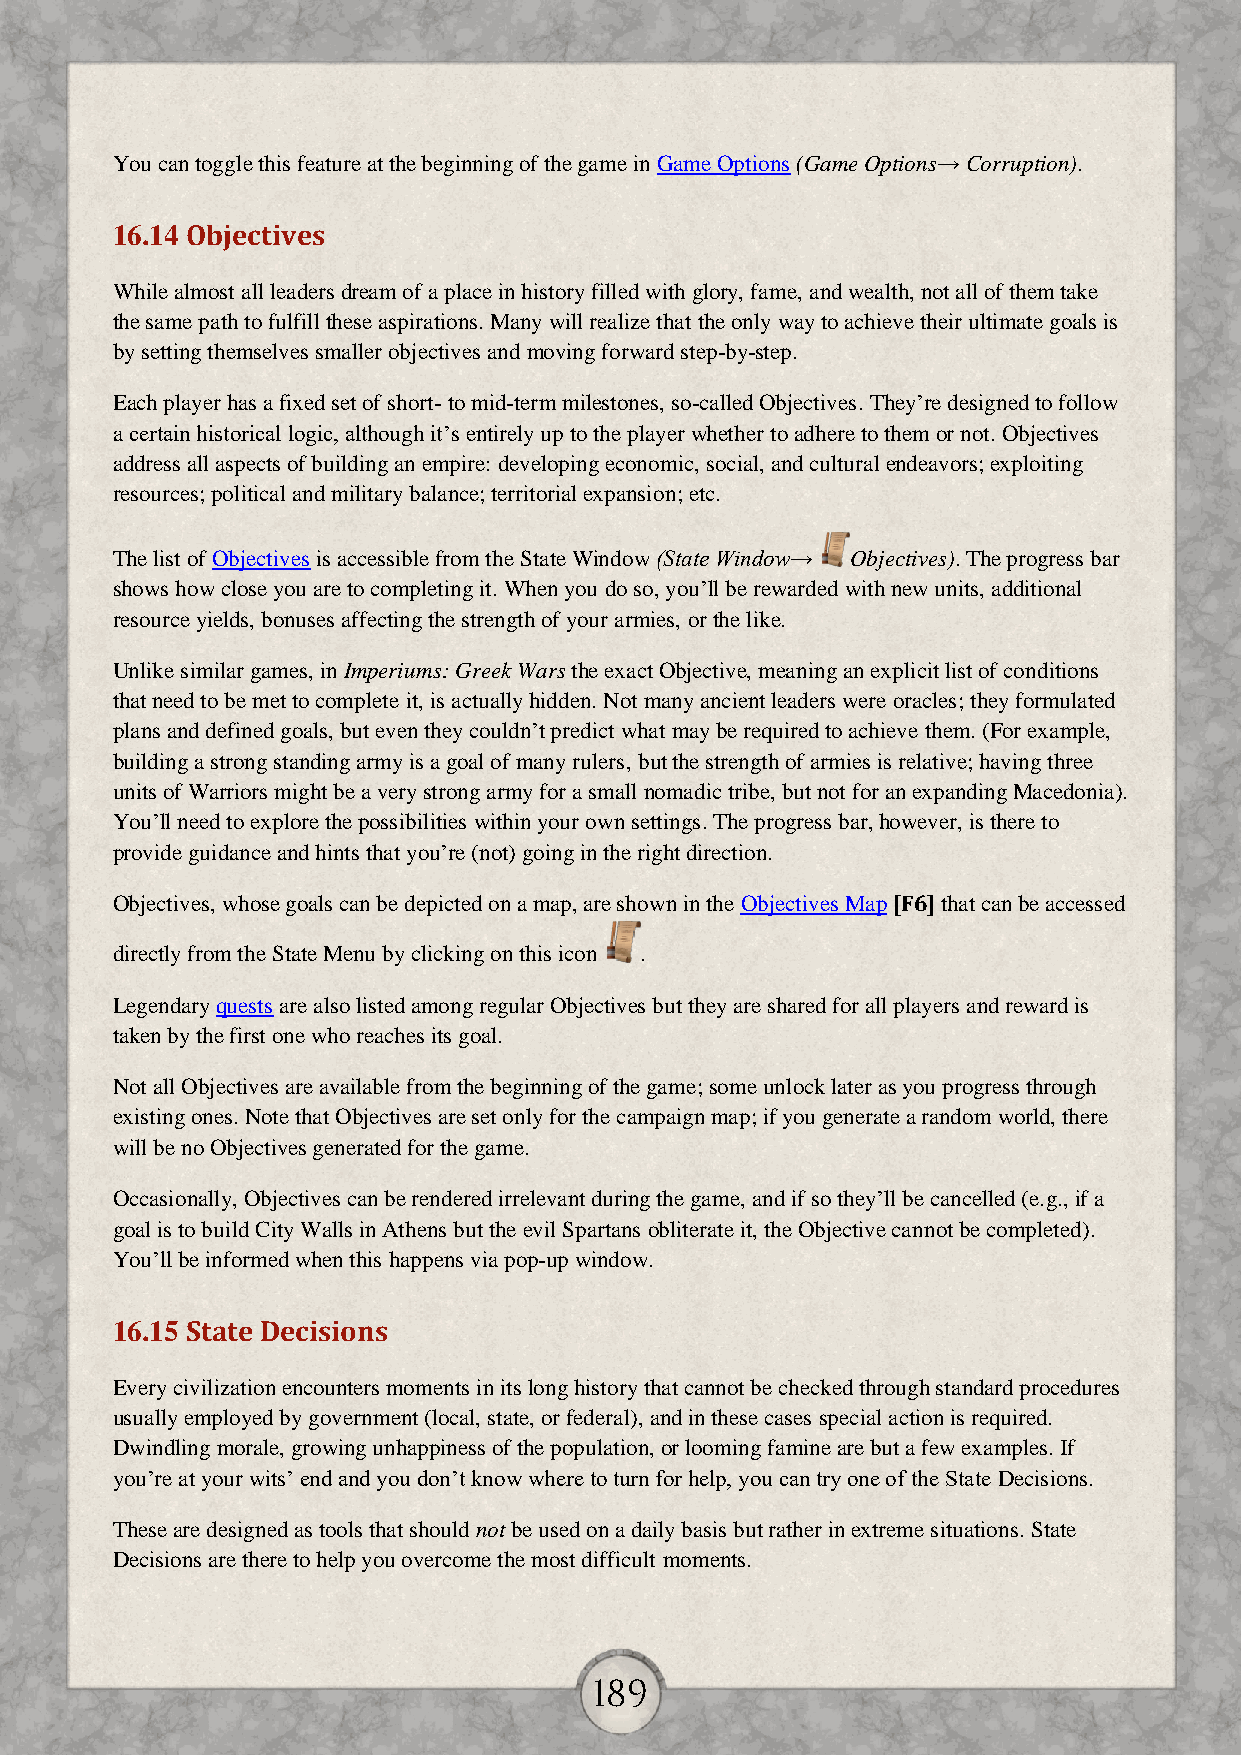
You can toggle this feature at the beginning of the game in Game Options (Game Options→ Corruption).
 16.14 Objectives
 While almost all leaders dream of a place in history filled with glory, fame, and wealth, not all of them take
 the same path to fulfill these aspirations. Many will realize that the only way to achieve their ultimate goals is
 by setting themselves smaller objectives and moving forward step-by-step.
 Each player has a fixed set of short- to mid-term milestones, so-called Objectives. They’re designed to follow
 a certain historical logic, although it’s entirely up to the player whether to adhere to them or not. Objectives
 address all aspects of building an empire: developing economic, social, and cultural endeavors; exploiting
 resources; political and military balance; territorial expansion; etc.
 The list of Objectives is accessible from the State Window (State Window→ Objectives). The progress bar
 shows how close you are to completing it. When you do so, you’ll be rewarded with new units, additional
 resource yields, bonuses affecting the strength of your armies, or the like.
 Unlike similar games, in Imperiums: Greek Wars the exact Objective, meaning an explicit list of conditions
 that need to be met to complete it, is actually hidden. Not many ancient leaders were oracles; they formulated
 plans and defined goals, but even they couldn’t predict what may be required to achieve them. (For example,
 building a strong standing army is a goal of many rulers, but the strength of armies is relative; having three
 units of Warriors might be a very strong army for a small nomadic tribe, but not for an expanding Macedonia).
 You’ll need to explore the possibilities within your own settings. The progress bar, however, is there to
 provide guidance and hints that you’re (not) going in the right direction.
 Objectives, whose goals can be depicted on a map, are shown in the Objectives Map [F6] that can be accessed
 directly from the State Menu by clicking on this icon .
 Legendary quests are also listed among regular Objectives but they are shared for all players and reward is
 taken by the first one who reaches its goal.
 Not all Objectives are available from the beginning of the game; some unlock later as you progress through
 existing ones. Note that Objectives are set only for the campaign map; if you generate a random world, there
 will be no Objectives generated for the game.
 Occasionally, Objectives can be rendered irrelevant during the game, and if so they’ll be cancelled (e.g., if a
 goal is to build City Walls in Athens but the evil Spartans obliterate it, the Objective cannot be completed).
 You’ll be informed when this happens via pop-up window.
 16.15 State Decisions
 Every civilization encounters moments in its long history that cannot be checked through standard procedures
 usually employed by government (local, state, or federal), and in these cases special action is required.
 Dwindling morale, growing unhappiness of the population, or looming famine are but a few examples. If
 you’re at your wits’ end and you don’t know where to turn for help, you can try one of the State Decisions.
 These are designed as tools that should not be used on a daily basis but rather in extreme situations. State
 Decisions are there to help you overcome the most difficult moments.
 189